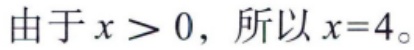
由于\(x > 0\)，所以\(x = 4\)。